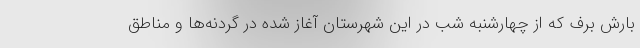
بارش برف که از چهارشنبه شب در این شهرستان آغاز شده در گردنه‌ها و مناطق